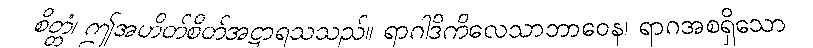
စိတ္တံ၊ ဤအဟိတ်စိတ်အဋ္ဌာရသသည်။ ရာဂါဒိကိလေသာဘာဝေန၊ ရာဂအစရှိသော